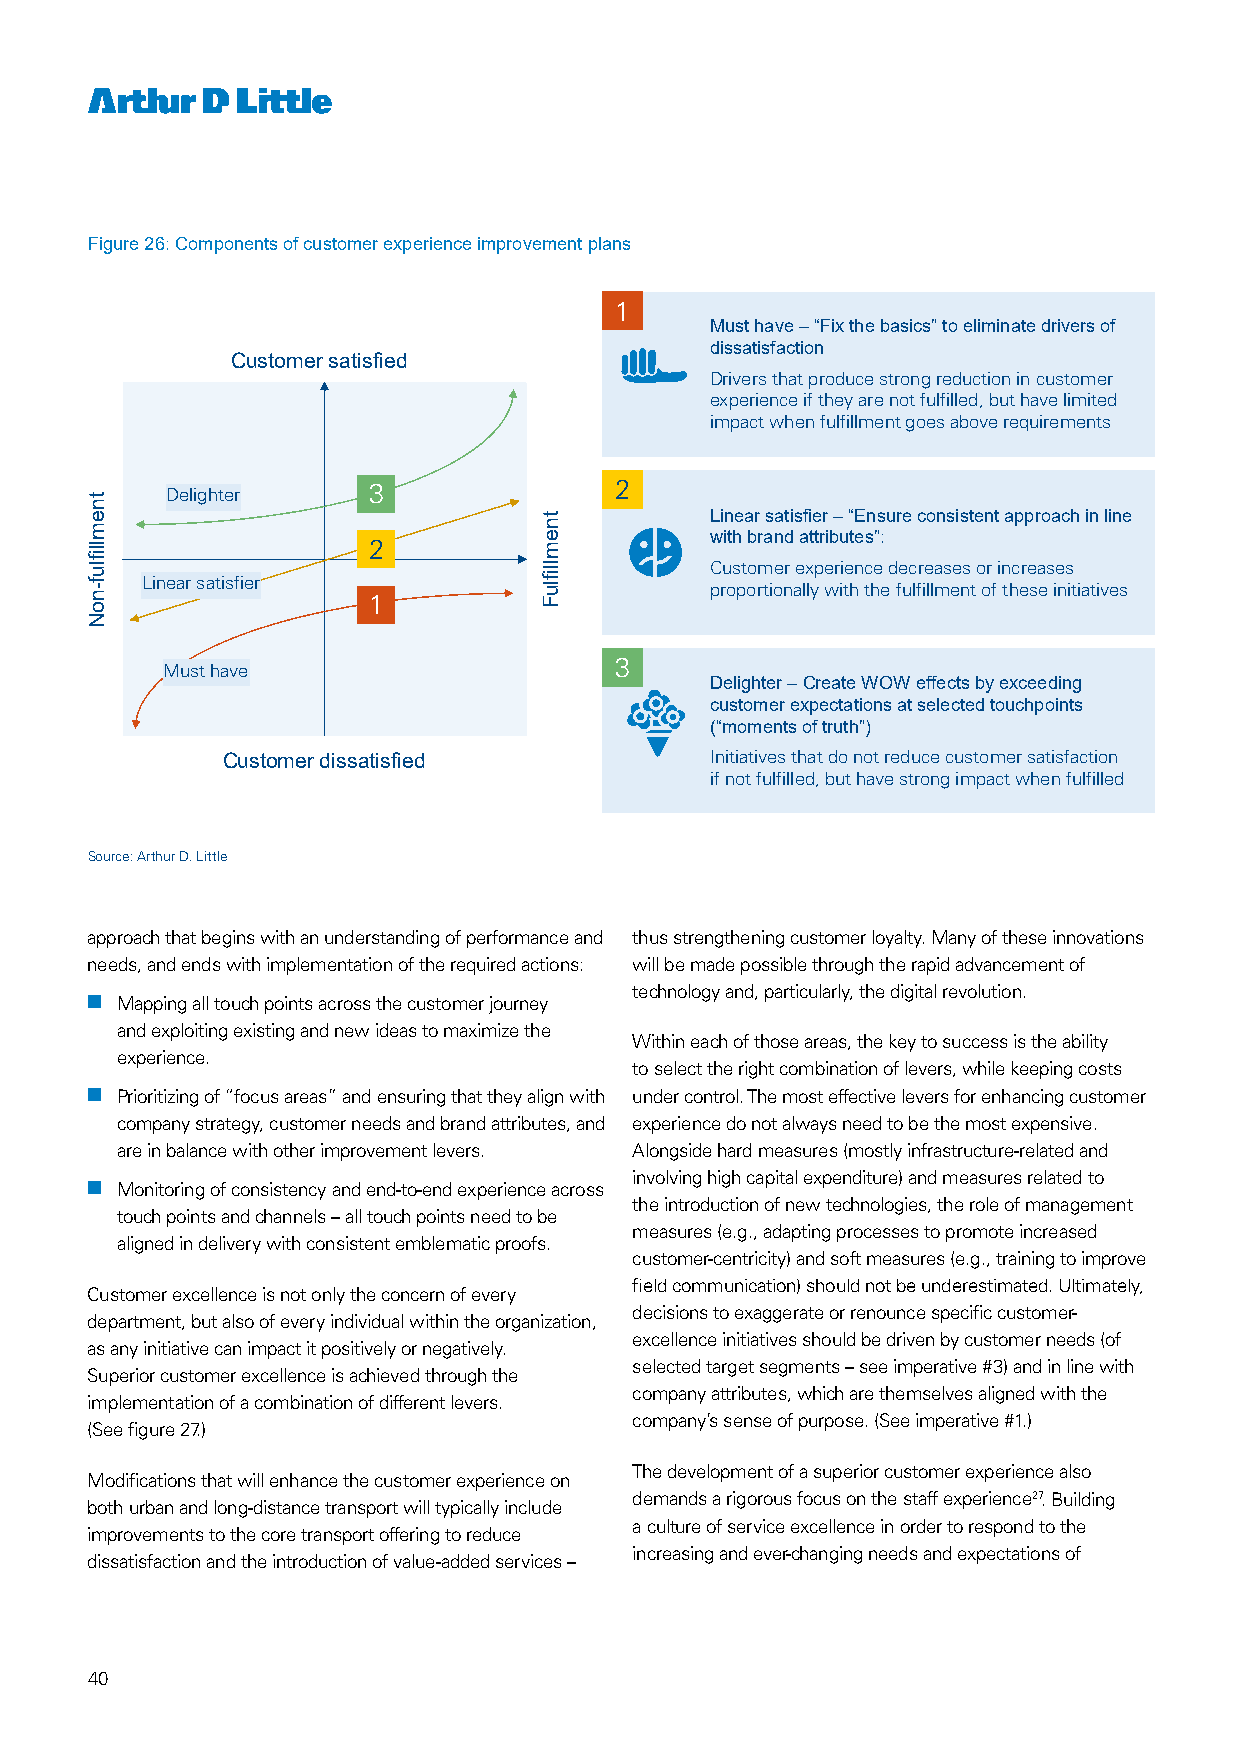
Figure 26: Components of customer experience improvement plans
 1
 Must have –“Fix the basics” to eliminate drivers of
 dissatisfaction
 Customer satisfied
 Drivers that producestrong reduction in customer
 experience if they are not fulfilled, but havelimited
 impact when fulfillment goes above requirements
 Delighter    3                2
 Linear satisfier –“Ensure consistent approach in line
 with brand attributes”:
 2
 Customer experience decreases or increases
 Linear satisfier
 proportionally with the fulfillment of these initiatives
 1
 3
 Must have
 Delighter –Create WOW effects by exceeding
 customer expectations at selected touchpoints
 (“moments of truth”)
 Customer dissatisfied           Initiatives that do not reduce customer satisfaction
 if not fulfilled,buthave strong impact when fulfilled
 Source: Arthur D. Little
 approach that begins with an understanding of performance and thus strengthening customer loyalty. Many of these innovations
 needs, and ends with implementation of the required actions: will be made possible through the rapid advancement of
 technology and, particularly, the digital revolution.
 nn Mapping all touch points across the customer journey                   27
 and exploiting existing and new ideas to maximize the
 Within each of those areas, the key to success is the ability
 experience.
 to select the right combination of levers, while keeping costs
 nn Prioritizing of “focus areas” and ensuring that they align with under control. The most effective levers for enhancing customer
 company strategy, customer needs and brand attributes, and experience do not always need to be the most expensive.
 are in balance with other improvement levers. Alongside hard measures (mostly infrastructure-related and
 involving high capital expenditure) and measures related to
 nn Monitoring of consistency and end-to-end experience across
 the introduction of new technologies, the role of management
 touch points and channels – all touch points need to be
 measures (e.g., adapting processes to promote increased
 aligned in delivery with consistent emblematic proofs.
 customer-centricity) and soft measures (e.g., training to improve
 field communication) should not be underestimated. Ultimately,
 Customer excellence is not only the concern of every
 decisions to exaggerate or renounce specific customer-
 department, but also of every individual within the organization,
 excellence initiatives should be driven by customer needs (of
 as any initiative can impact it positively or negatively.
 selected target segments – see imperative #3) and in line with
 Superior customer excellence is achieved through the
 company attributes, which are themselves aligned with the
 implementation of a combination of different levers.
 company’s sense of purpose. (See imperative #1.)
 (See figure 27.)
 The development of a superior customer experience also
 Modifications that will enhance the customer experience on
 demands a rigorous focus on the staff experience27. Building
 both urban and long-distance transport will typically include
 a culture of service excellence in order to respond to the
 improvements to the core transport offering to reduce
 increasing and ever-changing needs and expectations of
 dissatisfaction and the introduction of value-added services –
 40
 tnemllifluf-noN
 tnemllifluF